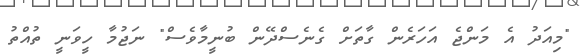
"މިއަދު އެ މަންޖެ އަހަރެން ގާތަށް ގެނެސްދޭން ބުނީމާވެސް" ނަޖުމާ ހީވަނީ ތުއްތު